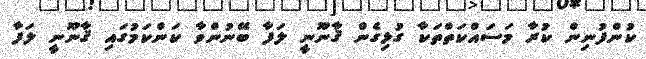
ކުންފުނިން ކުރާ މަސައްކަތްތަކާ ގުޅިގެން ޤާނޫނީ ލަފާ ބޭނުންވާ ކަންކަމުގައި ޤާނޫނީ ލަފާ